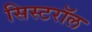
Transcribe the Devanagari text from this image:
सिस्टरॉल